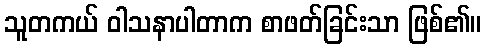
သူတကယ် ဝါသနာပါတာက စာဖတ်ခြင်းသာ ဖြစ်၏။